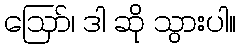
ဪ၊ ဒါ ဆို သွားပါ။